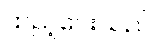
ထည့်ပေးသည်